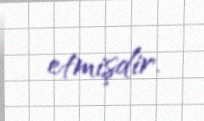
etmişdir.